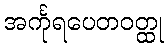
အင်္ကုရပေတဝတ္ထု